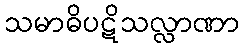
သမာဓိပဋိသလ္လာဏာ